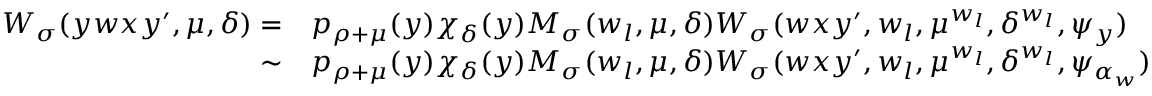
\begin{array} { r l } { W _ { \sigma } ( y w x y ^ { \prime } , \mu , \delta ) = } & { p _ { \rho + \mu } ( y ) \chi _ { \delta } ( y ) M _ { \sigma } ( w _ { l } , \mu , \delta ) W _ { \sigma } ( w x y ^ { \prime } , w _ { l } , \mu ^ { w _ { l } } , \delta ^ { w _ { l } } , \psi _ { y } ) } \\ { \sim } & { p _ { \rho + \mu } ( y ) \chi _ { \delta } ( y ) M _ { \sigma } ( w _ { l } , \mu , \delta ) W _ { \sigma } ( w x y ^ { \prime } , w _ { l } , \mu ^ { w _ { l } } , \delta ^ { w _ { l } } , \psi _ { \alpha _ { w } } ) } \end{array}